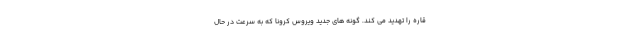
قاره را تهدید می کند. گونه های جدید ویروس کرونا که به سرعت در حال